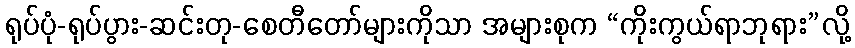
ရုပ်ပုံ-ရုပ်ပွား-ဆင်းတု-စေတီတော်များကိုသာ အများစုက “ကိုးကွယ်ရာဘုရား”လို့